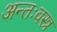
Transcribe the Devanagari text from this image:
अन्तःवस्त्र